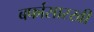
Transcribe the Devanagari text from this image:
बर्फासारखी